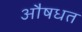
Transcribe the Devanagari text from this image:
औषधत